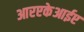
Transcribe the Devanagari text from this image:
आरएकेआईए